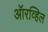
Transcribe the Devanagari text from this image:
ऑरव्हिल